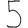
Digit: 5